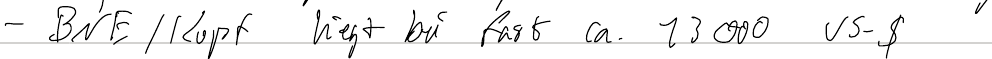
- BNE / Kopf liegt bei fast ca. 13000 US-$